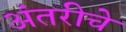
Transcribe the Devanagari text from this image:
अंतरीचे